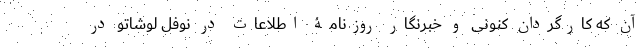
آن که کارگردان کنونی و خبرنگار روزنامۀ اطلاعات در نوفل لو‌شاتو در